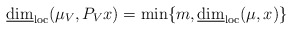
\begin{align*}\underline{\dim}_{\rm loc}(\mu_V, P_Vx)=\min\{m, \underline{\dim}_{\rm loc}(\mu, x)\}\end{align*}